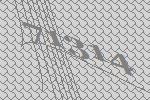
71314